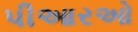
પીઆરઓ